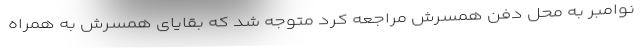
نوامبر به محل دفن همسرش مراجعه کرد متوجه شد که بقایای همسرش به همراه